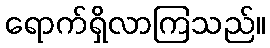
ရောက်ရှိလာကြသည်။